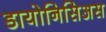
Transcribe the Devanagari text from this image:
डायोनिसिअस